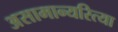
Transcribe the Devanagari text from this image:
असामान्यरित्या